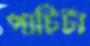
পাটিটা